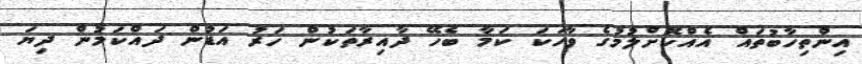
އިންތިހާބުތައް އެއްކޮށްލުމުގެ ވާހަކަ ކަމާ ބެހޭ ދާއިރާތަކުން ހަރު އަޑުން ދައްކަމުން ދިޔަ